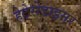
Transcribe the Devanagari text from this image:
हेटेरोडाइमर